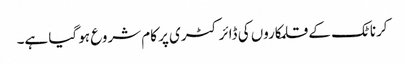
کرناٹک کے قلمکاروں کی ڈائرکٹری پر کام شروع ہو گیا ہے۔